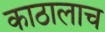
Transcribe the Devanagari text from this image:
काठालाच